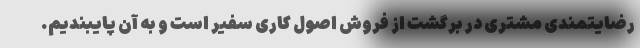
رضایتمندی مشتری در برگشت از فروش اصول کاری سفیر است و به آن پایبندیم.